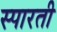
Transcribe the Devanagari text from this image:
स्पारती